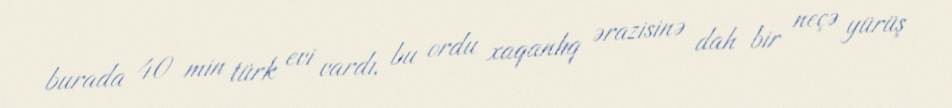
burada 40 min türk evi vardı, bu ordu xaqanlıq ərazisinə dah bir neçə yürüş